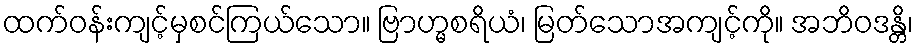
ထက်ဝန်းကျင့်မှစင်ကြယ်သော။ ဗြာဟ္မစရိယံ၊ မြတ်သောအကျင့်ကို။ အဘိဝဒန္တိ၊